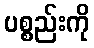
ပစ္စည်းကို